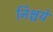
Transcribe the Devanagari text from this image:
निश्चये